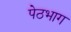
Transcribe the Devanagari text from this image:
पेठभाग